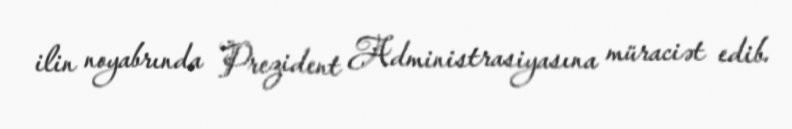
ilin noyabrında Prezident Administrasiyasına müraciət edib.